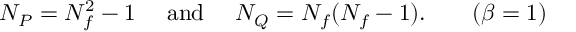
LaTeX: N _ { P } = N _ { f } ^ { 2 } - 1 \quad \mathrm { ~ a n d ~ } \quad N _ { Q } = N _ { f } ( N _ { f } - 1 ) . \hfil \qquad ( \beta = 1 )